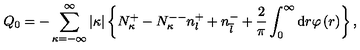
Q _ { 0 } = - \sum _ { \kappa = - \infty } ^ { \infty } \vert \kappa \vert \left\{ N _ { \kappa } ^ { + } - N _ { \kappa } ^ { -- } n _ { l } ^ { + } + n _ { \overline { l } } ^ { - } + \frac { 2 } { \pi } \int _ { 0 } ^ { \infty } \mathrm { d } r \varphi \left( r \right) \right\} ,